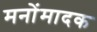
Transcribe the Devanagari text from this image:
मनोंमादक